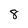
Character: 8